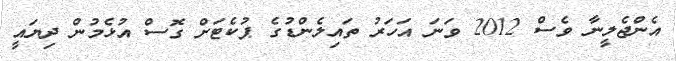
އެންޖެލީނާ ވެސް 2012 ވަނަ އަހަރު ތައިލެންޑުގެ ޕުކެޓަށް ގޮސް އުޅެމުން ދިޔައީ